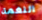
النغمة